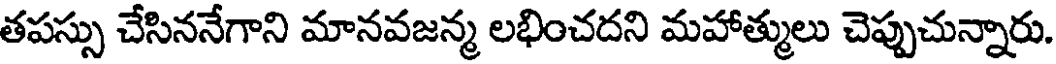
తపస్సు చేసిననేగాని మానవజన్మ లభించదని మహాత్ములు చెప్పుచున్నారు.